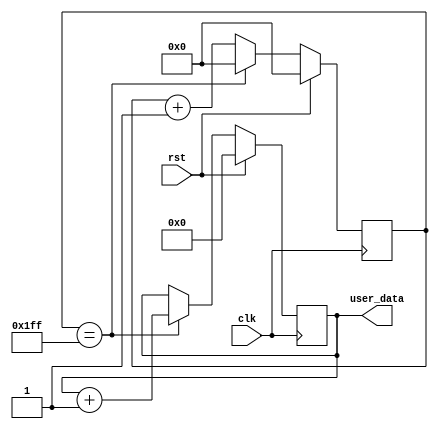
`timescale 1ns / 1ps
//////////////////////////////////////////////////////////////////////////////////
// Company: 
// Engineer: 
// 
// Design Name: 
// Module Name:    US_TIMER 
// Project Name: 
// Target Devices: 
// Tool versions: 
// Description: 
//
// Dependencies: 
//
// Revision: 
// Revision 0.01 - File Created
// Additional Comments: 
//
//////////////////////////////////////////////////////////////////////////////////
module US_TIMER#(
	parameter BITWIDTH = 7,
	parameter FFT_POINT = 512,
	parameter SUB_FFT_POINT = 512
)(
	input clk,
	input rst,
	output reg[39:0]user_data
    );

reg [(BITWIDTH+1):0]cnt;

always @(posedge clk)
	begin
		if(rst)cnt<=8'b0;
		else if(cnt==(FFT_POINT-1))cnt<=8'b0;
				else cnt<=cnt+1;
	end

always @(posedge clk)
	begin
		if(rst)user_data<=40'b0;
		else if(cnt==(FFT_POINT-1))user_data<=user_data+1;
	end
endmodule